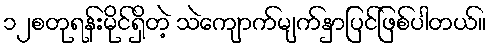
၁၂စတုရန်းမိုင်ရှိတဲ့ သဲကျောက်မျက်နှာပြင်ဖြစ်ပါတယ်။